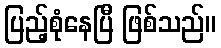
ပြည့်စုံနေပြီ ဖြစ်သည်။